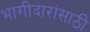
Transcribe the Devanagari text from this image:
भागीदारांसाठी